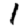
Digit: 1